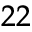
^ { 2 2 }